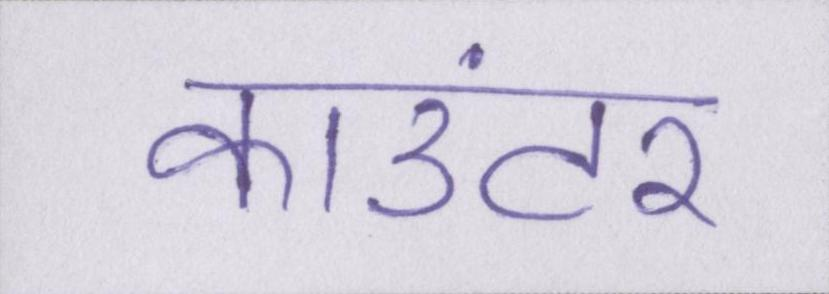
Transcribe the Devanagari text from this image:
काउंटर